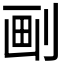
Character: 㓰